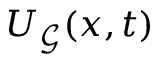
U _ { \mathcal { G } } ( x , t )